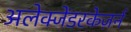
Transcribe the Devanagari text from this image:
अलेक्जेंडरकेज़र्न